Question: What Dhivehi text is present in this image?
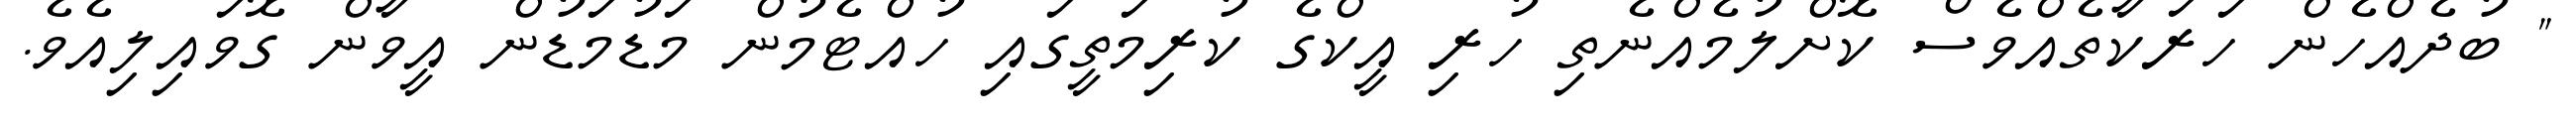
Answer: " ބުދެއްހެން ހަރަކާތެއްވެސް ކޮށްލުމެއްނެތި ހުރި އީކްގެ ކުރިމަތީގައި ހުއްޓެމުން މަޑުމަޑުން އީވާން ގޮވައިލިއެވެ.